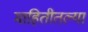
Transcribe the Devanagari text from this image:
माहितीतल्या